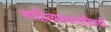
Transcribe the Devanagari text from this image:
साहित्यप्रकारांविषयी